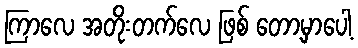
ကြာလေ အတိုးတက်လေ ဖြစ် တော့မှာပေါ့